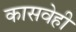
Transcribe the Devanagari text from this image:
कासवेही